Report of the Indian Hemp Drugs Commission, 1894-1895 - Volume I
Year: 1894
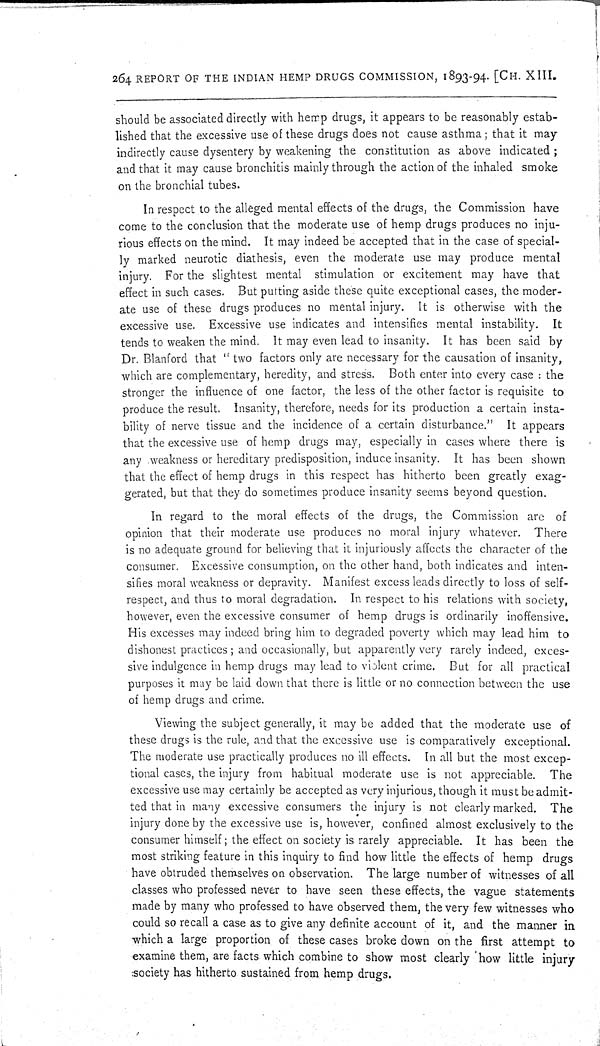
264 REPORT OF THE INDIAN HEMP DRUGS COMMISSION, 1893-94. [CH. XIII.
should be associated directly with hemp drugs, it appears to be reasonably estab-
lished that the excessive use of these drugs does not cause asthma; that it may
indirectly cause dysentery by weakening the constitution as above indicated;
and that it may cause bronchitis mainly through the action of the inhaled smoke
on the bronchial tubes.
In respect to the alleged mental effects of the drugs, the Commission have
come to the conclusion that the moderate use of hemp drugs produces no inju-
rious effects on the mind. It may indeed be accepted that in the case of special-
ly marked neurotic diathesis, even the moderate use may produce mental
injury. For the slightest mental stimulation or excitement may have that
effect in such cases. But putting aside these quite exceptional cases, the moder-
ate use of these drugs produces no mental injury. It is otherwise with the
excessive use. Excessive use indicates and intensifies mental instability. It
tends to weaken the mind. It may even lead to insanity. It has been said by
Dr. Blanford that "two factors only are necessary for the causation of insanity,
which are complementary, heredity, and stress. Both enter into every case: the
stronger the influence of one factor, the less of the other factor is requisite to
produce the result. Insanity, therefore, needs for its production a certain insta-
bility of nerve tissue and the incidence of a certain disturbance." It appears
that the excessive use of hemp drugs may, especially in cases where there is
any weakness or hereditary predisposition, induce insanity. It has been shown
that the effect of hemp drugs in this respect has hitherto been greatly exag-
gerated, but that they do sometimes produce insanity seems beyond question.
In regard to the moral effects of the drugs, the Commission are of
opinion that their moderate use produces no moral injury whatever. There
is no adequate ground for believing that it injuriously affects the character of the
consumer. Excessive consumption, on the other hand, both indicates and inten-
sifies moral weakness or depravity. Manifest excess leads directly to loss of self-
respect, and thus to moral degradation. In respect to his relations with society,
however, even the excessive consumer of hemp drugs is ordinarily inoffensive.
His excesses may indeed bring him to degraded poverty which may lead him to
dishonest practices; and occasionally, but apparently very rarely indeed, exces-
sive indulgence in hemp drugs may lead to violent crime. But for all practical
purposes it may be laid down that there is little or no connection between the use
of hemp drugs and crime.
Viewing the subject generally, it may be added that the moderate use of
these drugs is the rule, and that the excessive use is comparatively exceptional.
The moderate use practically produces no ill effects. In all but the most excep-
tional cases, the injury from habitual moderate use is not appreciable. The
excessive use may certainly be accepted as very injurious, though it must be admit-
ted that in many excessive consumers the injury is not clearly marked. The
injury done by the excessive use is, however, confined almost exclusively to the
consumer himself; the effect on society is rarely appreciable. It has been the
most striking feature in this inquiry to find how little the effects of hemp drugs
have obtruded themselves on observation. The large number of witnesses of all
classes who professed never to have seen these effects, the vague statements
made by many who professed to have observed them, the very few witnesses who
could so recall a case as to give any definite account of it, and the manner in
which a large proportion of these cases broke down on the first attempt to
examine them, are facts which combine to show most clearly how little injury
society has hitherto sustained from hemp drugs.